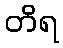
တိရ